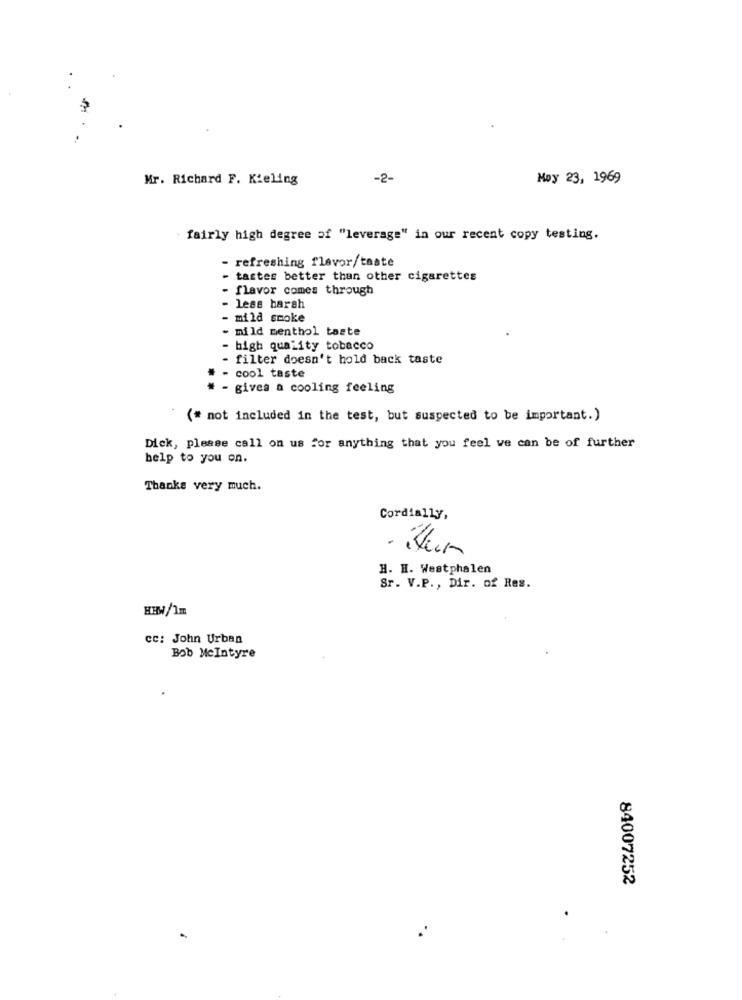
Mr. Richard F. Kieling
-2-
Moy 23, 1969
fairly high degree of "leverage" in our recent copy testing.
refreshing flavor/taste
tastes better than other cigarettes
flavor comes through
- less harsh
mild smoke
mild menthol taste
- high quality tobacco
filter doesn't hold back taste
- cool taste
- gives a cooling feeling
(# not included in the test, but suspected to be important.)
Dick, please call on us for anything that you feel ve can be of further
help to you on.
Thanks very much.
Cordially,
H. H. Westphalen
Sr. V.P ., Dir. of Res.
HHW/1m
cc: John Urban
Bob McIntyre
84007252